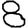
Digit: 8